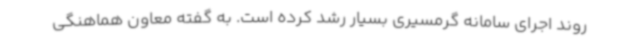
روند اجرای سامانه گرمسیری بسیار رشد کرده است. به گفته معاون هماهنگی